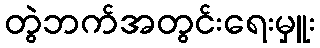
တွဲဘက်အတွင်းရေးမှူး